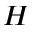
H